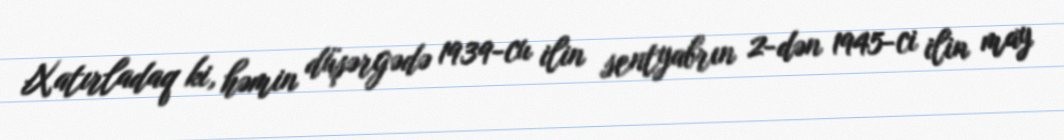
Xatırladaq ki, həmin düşərgədə 1939-cu ilin sentyabrın 2-dən 1945-ci ilin may